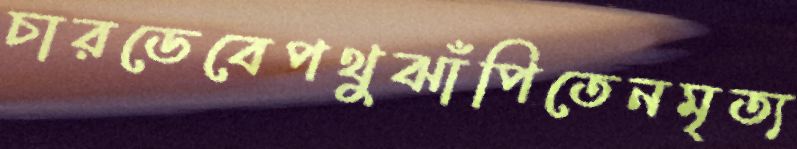
চারডেবেপথুঝাঁপিতেনমৃত্য